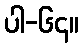
ပါ-၆၄။